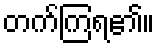
တက်ကြရ၏။